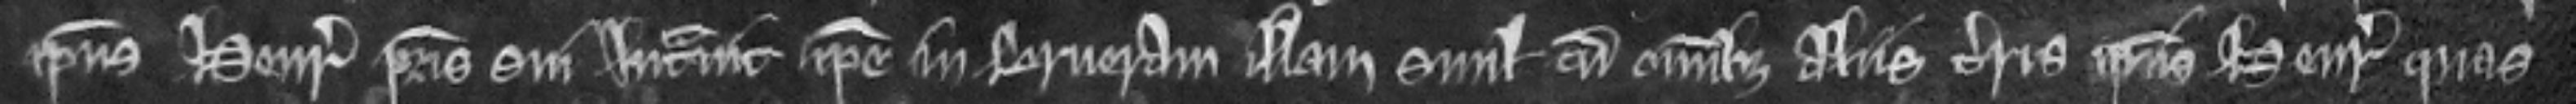
ipsius Henrici patris sui intravit ipse in brueram illam simul cum omnibus aliis terris ipsius Henrici quas